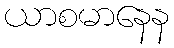
ယာစမာနေန